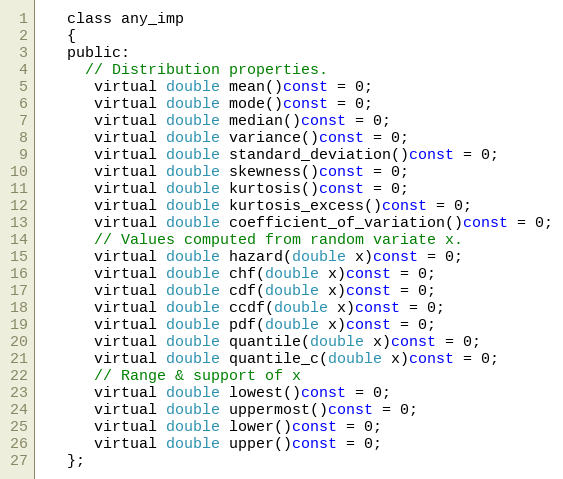
Language: C
   class any_imp
   {
   public:
     // Distribution properties.
      virtual double mean()const = 0;
      virtual double mode()const = 0;
      virtual double median()const = 0;
      virtual double variance()const = 0;
      virtual double standard_deviation()const = 0;
      virtual double skewness()const = 0;
      virtual double kurtosis()const = 0;
      virtual double kurtosis_excess()const = 0;
      virtual double coefficient_of_variation()const = 0;
      // Values computed from random variate x.
      virtual double hazard(double x)const = 0;
      virtual double chf(double x)const = 0;
      virtual double cdf(double x)const = 0;
      virtual double ccdf(double x)const = 0;
      virtual double pdf(double x)const = 0;
      virtual double quantile(double x)const = 0;
      virtual double quantile_c(double x)const = 0;
      // Range & support of x
      virtual double lowest()const = 0;
      virtual double uppermost()const = 0;
      virtual double lower()const = 0;
      virtual double upper()const = 0;
   };